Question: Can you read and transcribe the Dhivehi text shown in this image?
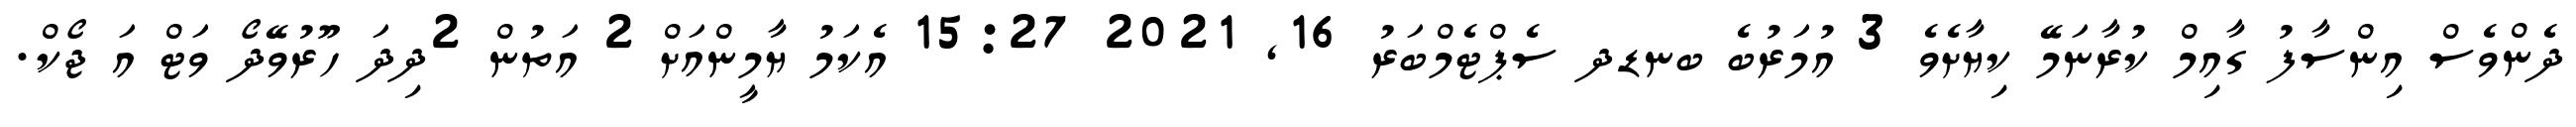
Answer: ދެންވެސް އިންސާފު ގާއިމް ކުރާނަމޭ ކިޔާށެވެ 3 އުމަރުބެ ބނޑދ ސެޕްޓެމްބަރު 16, 2021 15:27 އެކަމު ޔާމީންއަށް 2 އަތުން 2ދިދަ ހޫރުވޭދޯ ވަޓް އަ ޖޯކް.